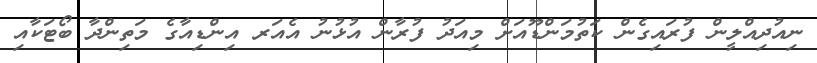
ނިއުދިއްލީން ފުރައިގެން ކަތުމަންޑޫއަށް މިއަދު ފުރާން އުޅުނު އެއަރ އިންޑިއާގެ މަތިންދާ ބޯޓަކާއި